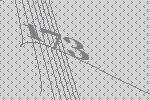
173